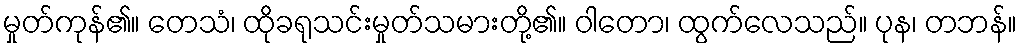
မှုတ်ကုန်၏။ တေသံ၊ ထိုခရုသင်းမှုတ်သမားတို့၏။ ဝါတော၊ ထွက်လေသည်။ ပုန၊ တဘန်။